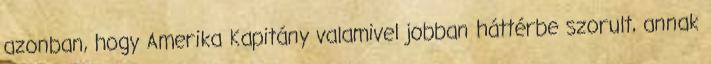
azonban, hogy Amerika Kapitány valamivel jobban háttérbe szorult, annak